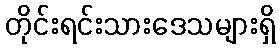
တိုင်းရင်းသားဒေသများရှိ